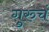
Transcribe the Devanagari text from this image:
गुरुचं